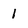
Character: 1